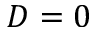
D = 0